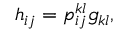
h _ { i j } = p _ { i j } ^ { k l } g _ { k l } ,